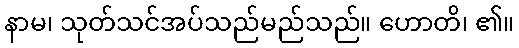
နာမ၊ သုတ်သင်အပ်သည်မည်သည်။ ဟောတိ၊ ၏။